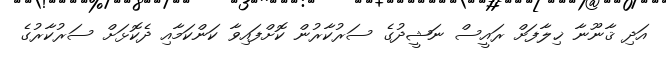
އަދި ޤާނޫނާ ޚިލާފަށް ރައީސް ނަޝީދުގެ ސަރުކާރުން ކޮށްފައިވާ ކަންކަމާއި ދެކޮޅަށް ސަރުކާރުގެ